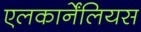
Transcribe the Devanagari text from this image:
एलकार्नेंलियस